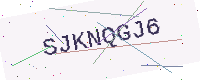
Text: SJKNQGJ6